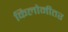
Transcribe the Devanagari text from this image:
किलोमीतर